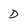
Character: D